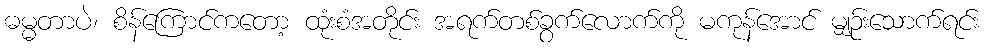
ဓမ္မတာပဲ၊ စိန်ကြောင်ကတော့ ထုံးစံအတိုင်း အရက်တစ်ခွက်လောက်ကို မကုန်အောင် မျှဉ်းသောက်ရင်း